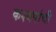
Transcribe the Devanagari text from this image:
कश्यपांची